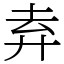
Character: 弆